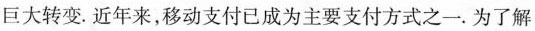
巨大转变。近年来，移动支付已成为主要支付方式之一。为了解